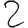
Digit: 2